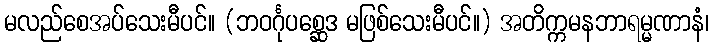
မလည်စေအပ်သေးမီပင်။ (ဘဝင်္ဂုပစ္ဆေဒ မဖြစ်သေးမီပင်။) အတိက္ကမနဘာရမ္မဏာနံ၊